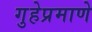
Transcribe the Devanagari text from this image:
गुहेप्रमाणे